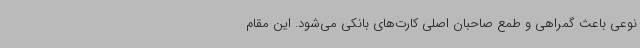
نوعی باعث گمراهی و طمع صاحبان اصلی کارت‌های بانکی می‌شود. این مقام